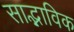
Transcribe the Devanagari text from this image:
साद्भाविक